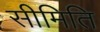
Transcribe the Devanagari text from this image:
सीमिति